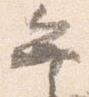
弁